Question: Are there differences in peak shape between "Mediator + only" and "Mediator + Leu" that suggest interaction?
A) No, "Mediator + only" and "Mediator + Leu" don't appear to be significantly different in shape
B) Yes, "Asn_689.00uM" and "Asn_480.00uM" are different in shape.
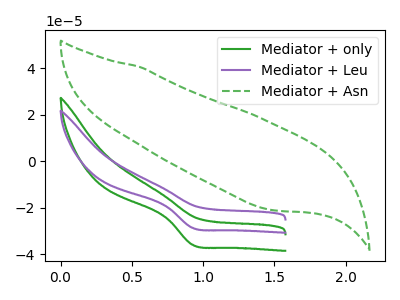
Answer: <think>The green curve "Mediator + only" has a cathodic peak at: (0.90V, -35.85uA). The purple curve "Mediator + Leu" has a cathodic peak at: (0.90V, -28.60uA). The green dashed curve "Mediator + Asn" has no peaks.
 All the peaks in "Mediator + only" have a peak in "Mediator + Leu" at the same potential. Every peak in "Mediator + only" is higher than every peak in "Mediator + Leu".</think>
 <answer>A) No, "Mediator + only" and "Mediator + Leu" don't appear to be significantly different in shape</answer>
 <eval>A</eval>